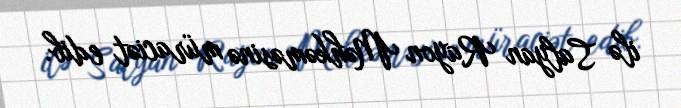
ilə Salyan Rayon Məhkəməsinə müraciət edib.